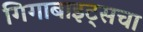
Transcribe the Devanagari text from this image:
गिगाबाइट्सचा